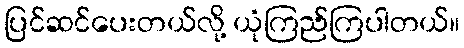
ပြင်ဆင်ပေးတယ်လို့ ယုံကြည်ကြပါတယ်။